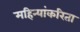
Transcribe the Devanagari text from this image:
महिन्यांकरिता